Problem: 5 × 4 = ?
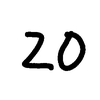
Handwritten answer: 20